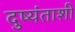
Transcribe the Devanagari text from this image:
दुष्यंताशी